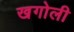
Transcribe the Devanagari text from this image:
खगोली